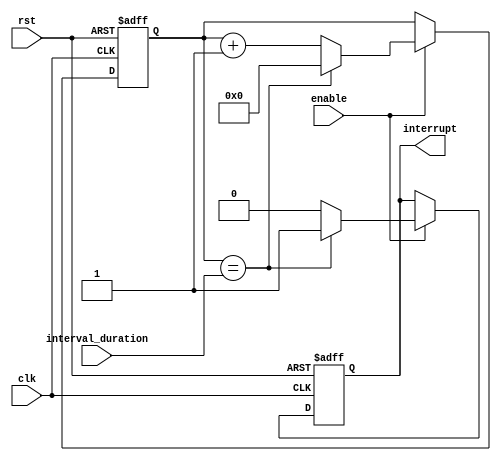
module IntervalTimer (
    input wire clk, // Clock signal for counter increment
    input wire rst, // Reset signal
    input wire enable, // Enable signal for timer
    input wire [31:0] interval_duration, // Desired interval duration
    output reg interrupt // Interrupt signal

);

reg [31:0] counter_reg; // 32-bit counter register

always @(posedge clk or posedge rst) begin
    if (rst) begin
        counter_reg <= 0;
        interrupt <= 0;
    end else begin
        if (enable) begin
            counter_reg <= counter_reg + 1;
            if (counter_reg == interval_duration) begin
                interrupt <= 1;
                counter_reg <= 0;
            end else begin
                interrupt <= 0;
            end
        end
    end
end

endmodule